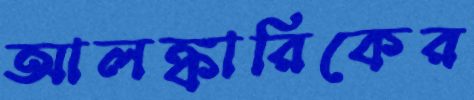
আলঙ্কারিকের